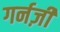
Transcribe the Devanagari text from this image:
गर्नज़ी